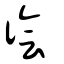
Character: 徻